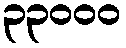
၃၃၀၀၀